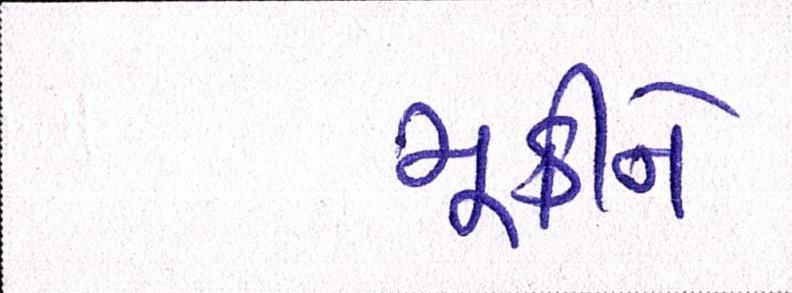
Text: મૂકીને